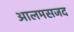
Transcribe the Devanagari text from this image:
आलमसजद